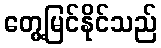
တွေ့မြင်နိုင်သည်